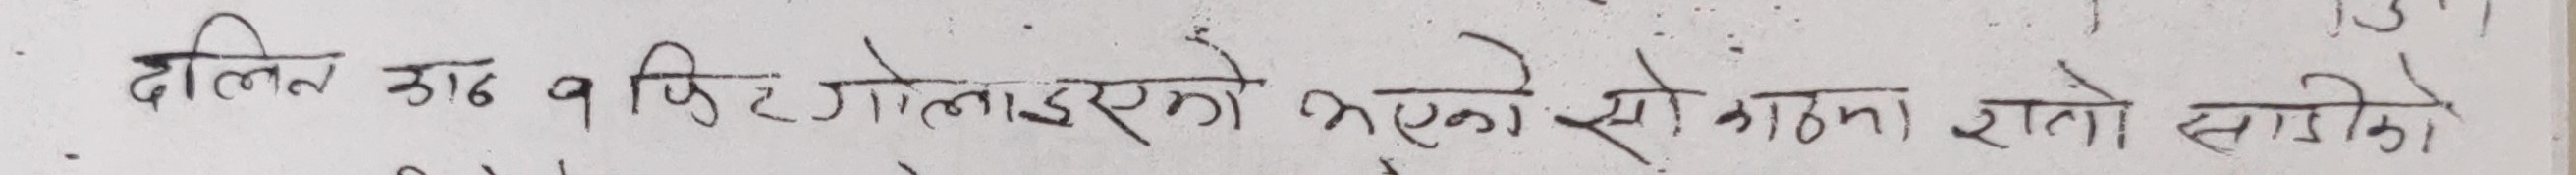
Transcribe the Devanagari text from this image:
दलित बाट व पिछाडिएको भएकोले सो काम र तो साड़ीको